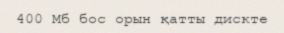
400 Мб бос орын қатты дискте